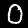
Digit: 0